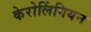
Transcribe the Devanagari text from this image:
केरोलिंगियन